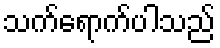
သက်ရောက်ပါသည်